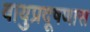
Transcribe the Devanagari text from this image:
वायुप्रदूषणास